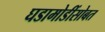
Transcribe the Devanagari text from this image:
घडामोडींसोबत